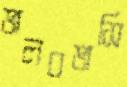
ভালবভাসি